Report on lock hospitals in British Burma
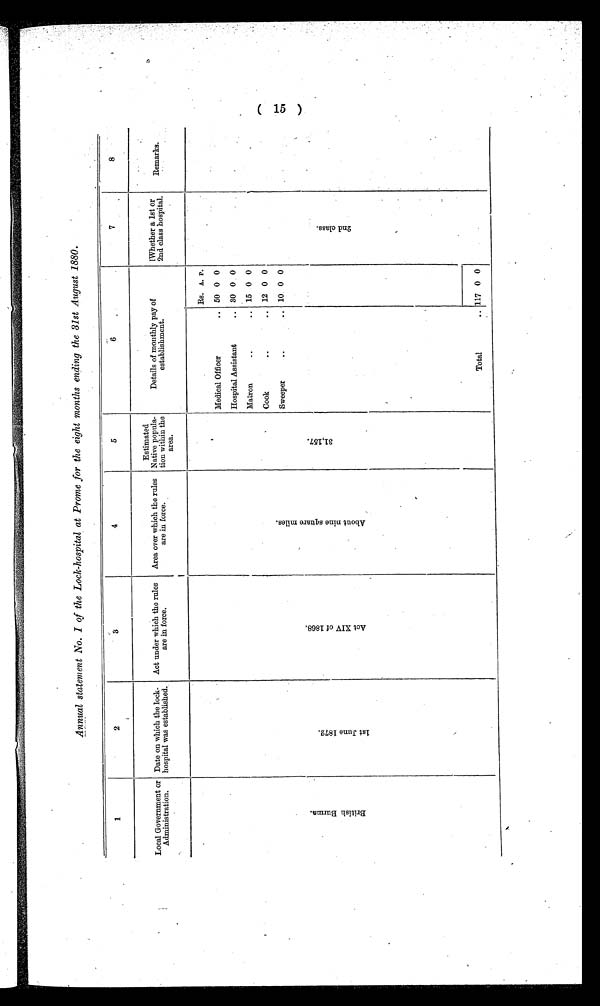
Annual statement No. I of the Lock-hospital at Prome for the eight months ending the 31st August 1880.
1
2
3
4
5
6
7
8
Local Government or
Administration.
Date on which the lock-
hospital was established.
Act under which the rules
are in force.
Area over which the rules
are in force.
Estimated
Native popula-
tion within the
area.
Details of monthly pay
establishment.
of
Whether a let or
2nd class hospital.
Remarks
B r i t i s h B u r m a .
1 s t J u n e 1 8 7 2
.
A c t X I V o f 1 8 6 8
.
A b o u t n i n e s q u a r e m i l e s .
3 1 , 1 5 7 .
Rs. A. P.
2 n d c l a s s .
Medical Officer
.. 50 0 0
Hospital Assistant
.. 30 0 0
Matron
..
.. 15 0 0
Cook
..
.. 12 0 0
Sweeper
..
.. 10 0 0
Total
.. 117 0 0
(15)